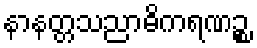
နာနတ္တသညာဓိကရဏဉ္စ